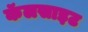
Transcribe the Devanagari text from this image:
कॅलसाइट